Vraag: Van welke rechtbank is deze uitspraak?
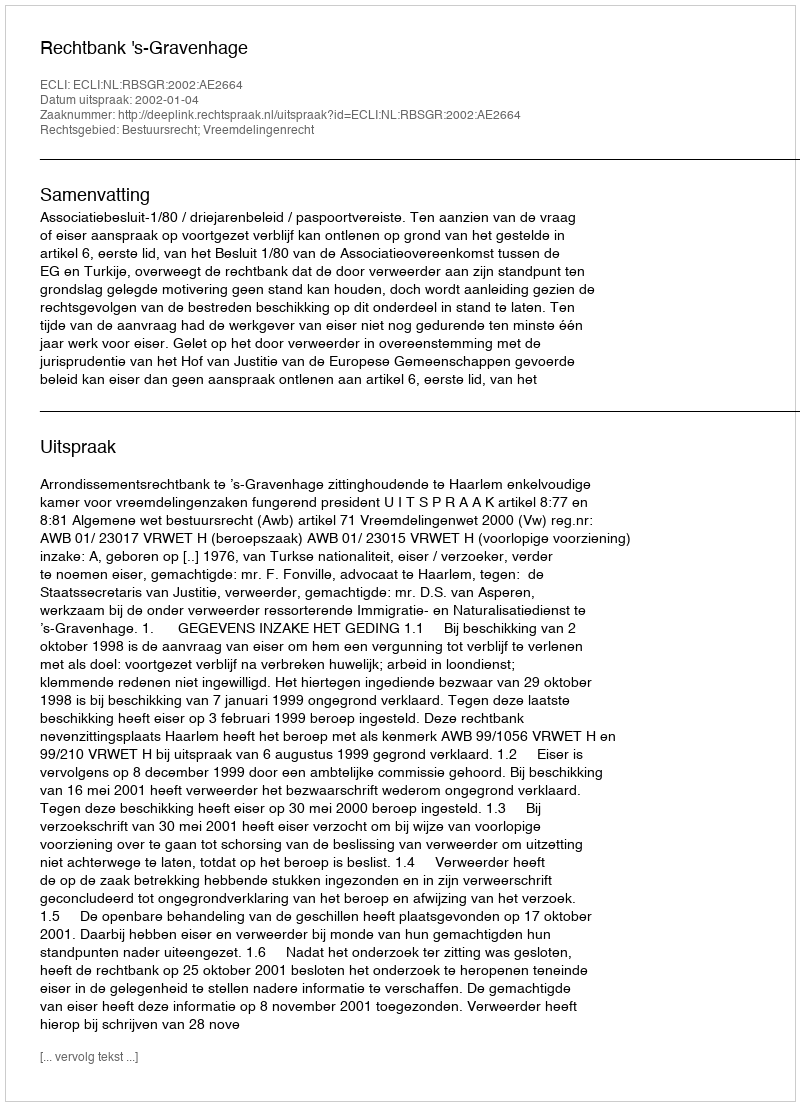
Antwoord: Rechtbank 's-Gravenhage